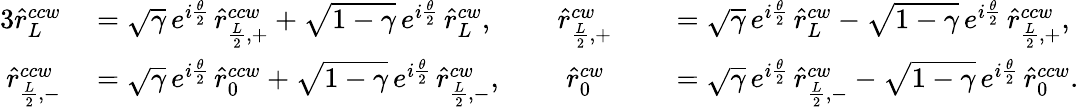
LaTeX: \begin{array}{rlrl}{{3}\hat{r}_{L}^{ccw}}&{{}=\sqrt{\gamma}\, e^{i\frac{\theta}{2}}\, \hat{r}_{\frac{L}{2},+}^{ccw}+\sqrt{1-\gamma}\, e^{i\frac{\theta}{2}}\, \hat{r}_{L}^{cw},\; \; \; \; \; \; \; \; \hat{r}_{\frac{L}{2},+}^{cw}}&{}&{{}=\sqrt{\gamma}\, e^{i\frac{\theta}{2}}\, \hat{r}_{L}^{cw}-\sqrt{1-\gamma}\, e^{i\frac{\theta}{2}}\, \hat{r}_{\frac{L}{2},+}^{ccw},}\\ {\hat{r}_{\frac{L}{2},-}^{ccw}}&{{}=\sqrt{\gamma}\, e^{i\frac{\theta}{2}}\, \hat{r}_{0}^{ccw}+\sqrt{1-\gamma}\, e^{i\frac{\theta}{2}}\, \hat{r}_{\frac{L}{2},-}^{cw},\; \; \; \; \; \; \; \; \hat{r}_{0}^{cw}}&{}&{{}=\sqrt{\gamma}\, e^{i\frac{\theta}{2}}\, \hat{r}_{\frac{L}{2},-}^{cw}-\sqrt{1-\gamma}\, e^{i\frac{\theta}{2}}\, \hat{r}_{0}^{ccw}.}\end{array}